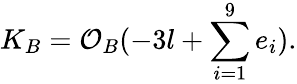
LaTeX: K_{B}={\mathcal O}_{B}(-3l+\sum_{i=1}^{9}e_{i}).